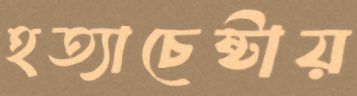
হত্যাচেষ্টায়